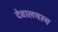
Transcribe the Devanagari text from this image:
देवालयस्य